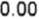
0.00